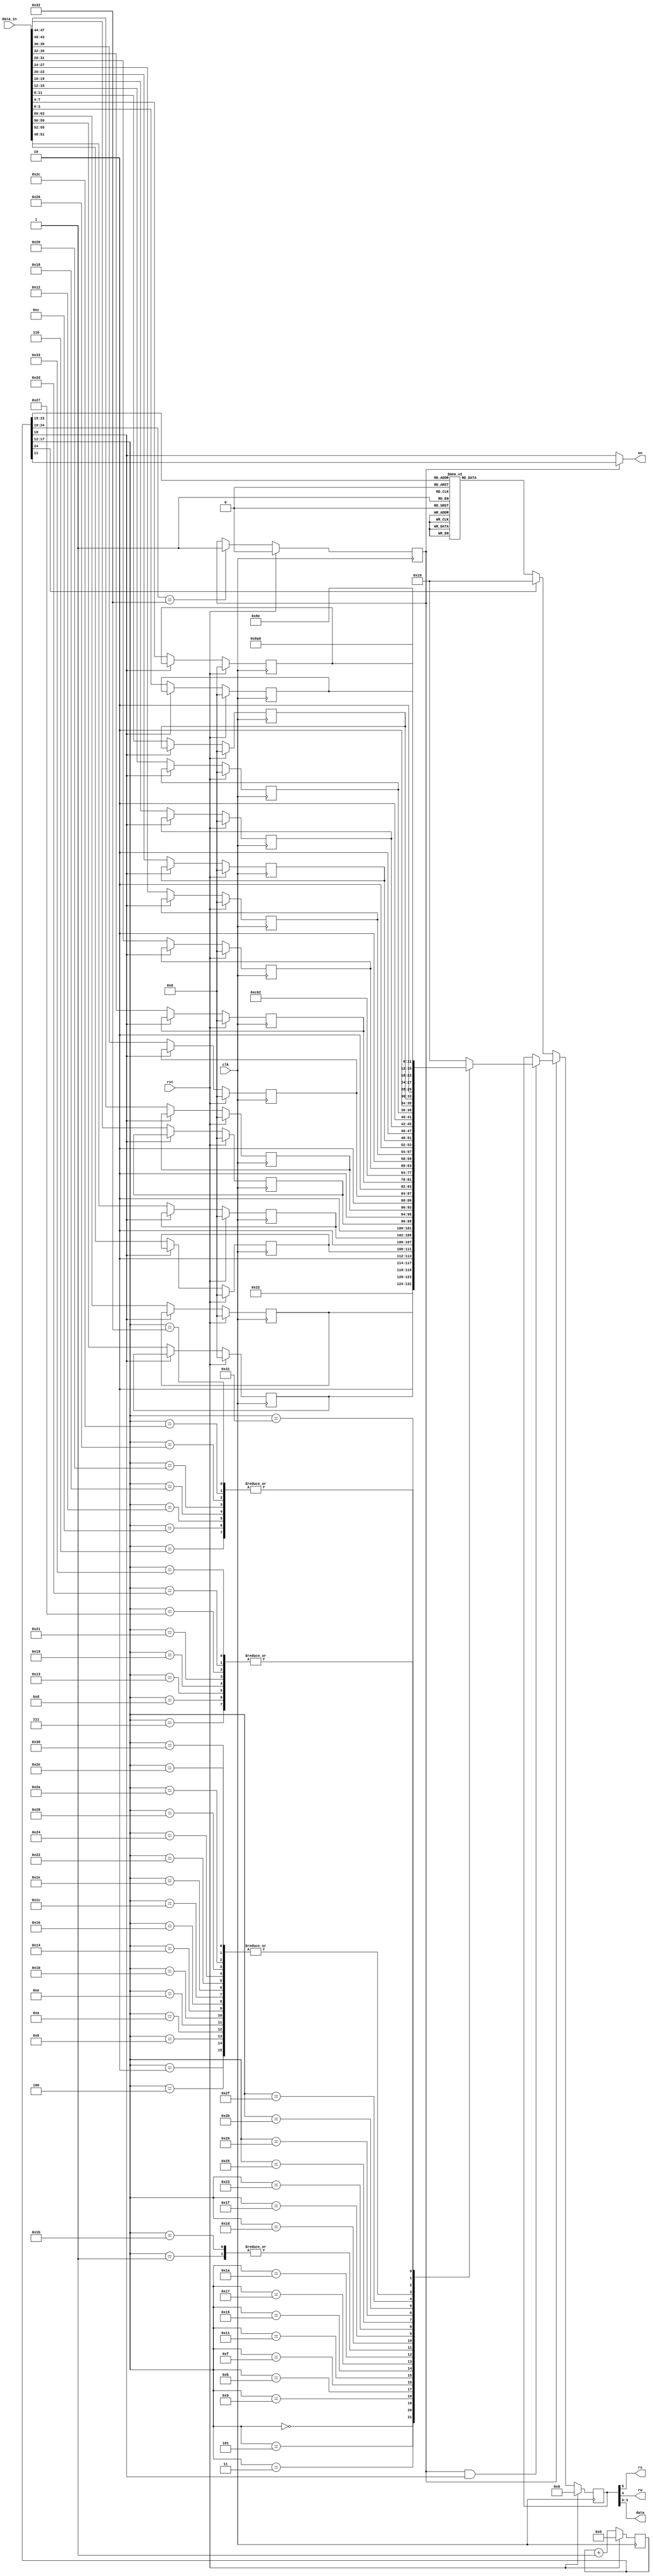
//******************************************************************************
// Copyright (c) 2014 - 2018, Indian Institute of Science, Bangalore.
// All Rights Reserved. See LICENSE for license details.
//------------------------------------------------------------------------------

// Contributors
// Akshay Birari (akshay@alum.iisc.ac.in), Piyush Birla (piyush@alum.iisc.ac.in)
// Suseela Budi (suseela@alum.iisc.ac.in), Pradeep Gupta (gupta@alum.iisc.ac.in)
// Kavya Sharat (kavyasharat@alum.iisc.ac.in), Sumeet Bandishte (sumeet.bandishte30@gmail.com)
// Kuruvilla Varghese (kuru@iisc.ac.in)
`timescale 1ns / 1ps
//////////////////////////////////////////////////////////////////////////////////
// Company: 
// Engineer: 
// 
// Design Name: 
// Module Name: lcd
// Project Name: 
// Target Devices: 
// Tool Versions: 
// Description: 
// 
// Dependencies: 
// 
// Revision:
// Revision 0.01 - File Created
// Additional Comments:
// 
//////////////////////////////////////////////////////////////////////////////////

`timescale 1ns / 1ps
//////////////////////////////////////////////////////////////////////////////////
// Company: 
// Engineer: 
// 
// Design Name: 
// Module Name: lcd
// Project Name: 
// Target Devices: 
// Tool Versions: 
// Description: 
// 
// Dependencies: 
// 
// Revision:
// Revision 0.01 - File Created
// Additional Comments:
// 
//////////////////////////////////////////////////////////////////////////////////
 module LCD(clk,rst, en, rs, rw,data,data_in);

input clk; // pin C9 is the 50-MHz on-board clock
input rst;
input [63:0] data_in; 
output en; // enable (1)
output rs; // Register Select (1 data bits for R/W)
output rw; // Read/Write 1/0
output [3:0] data;

reg [24:0] count; // 27-bit count, 0-(128M-1), over 2 secs
reg [5:0] code; // 6-bits different signals to give out
reg state;

reg [3:0] word_1_0;
reg [3:0] word_1_1;
reg [3:0] word_1_2;
reg [3:0] word_1_3;
reg [3:0] word_1_4;
reg [3:0] word_1_5;
reg [3:0] word_1_6;
reg [3:0] word_1_7;

reg [3:0] word_2_0;
reg [3:0] word_2_1;
reg [3:0] word_2_2;
reg [3:0] word_2_3;
reg [3:0] word_2_4;
reg [3:0] word_2_5;
reg [3:0] word_2_6;
reg [3:0] word_2_7;

assign en = state ? count[11] : count[18]; // flip rate about 25 (50MHz/2*21=2M)
assign rs = code[5]; 
assign rw = code[4];
assign data = code[3:0];

always @ (posedge clk) begin
    if(rst)
        count <= 25'b0;
    else
        count <= count + 1;
end

always @ (posedge clk) begin
    if(rst)
        state <= 1'b0;
    else if (count[24:19] == 7'd50)
        state <= 1'b1;
end

always @ (posedge clk) begin
    if(rst) begin
        word_1_0 <= 4'b0;
        word_1_1 <= 4'b0;
        word_1_2 <= 4'b0;
        word_1_3 <= 4'b0;
        word_1_4 <= 4'b0;
        word_1_5 <= 4'b0;
        word_1_6 <= 4'b0;
        word_1_7 <= 4'b0;
        
        word_2_0 <= 4'b0;
        word_2_1 <= 4'b0;
        word_2_2 <= 4'b0;
        word_2_3 <= 4'b0;
        word_2_4 <= 4'b0;
        word_2_5 <= 4'b0;
        word_2_6 <= 4'b0;
        word_2_7 <= 4'b0;
    end
    else if(~count[18]) begin
        word_1_0 <= data_in[3:0];
        word_1_1 <= data_in[7:4];
        word_1_2 <= data_in[11:8];
        word_1_3 <= data_in[15:12]; 
        word_1_4 <= data_in[19:16]; 
        word_1_5 <= data_in[23:20];
        word_1_6 <= data_in[27:24];
        word_1_7 <= data_in[31:28];
                   
        word_2_0 <= data_in[35:32];
        word_2_1 <= data_in[39:36];
        word_2_2 <= data_in[43:40];
        word_2_3 <= data_in[47:44];
        word_2_4 <= data_in[51:48];
        word_2_5 <= data_in[55:52];
        word_2_6 <= data_in[59:56];
        word_2_7 <= data_in[63:60];
    end
end

always @ (posedge clk) begin
    if(rst) begin
        code <= 6'b0;
    end
    else if(state == 1'b0) begin
        case (count [24:19]) // as top 6 bits change
            // power-on init can be carried out befor this loop to avoid the flickers
            0: code <= 6'h03; // power-on init sequence
            1: code <= 6'h00; 
            
            2: code <= 6'h03; // this is needed at least once
            3: code <= 6'h00; 
            
            4: code <= 6'h03; // when LCD's powered on
            5: code <= 6'h00; 
            
            6: code <= 6'h00; // it flickers existing char dislay
            7: code <= 6'h02;

            // Send 00 and upper nibble 0010, then 00 and lower nibble 10xx
            10: code <= 6'h02; // Function Set, upper nibble 0010
            11: code <= 6'h08; // lower nibble 1000 (10xx)
            // Table 5-3, Entry Mode
            
	        12: code <= 6'h00; // it flickers existing char dislay
            13: code <= 6'h0C;

            // Table 5-3 Clear Display, 00 and upper nibble 0000, 00 and lower nibble 0001
	        14: code <= 6'h00;// Clear Display, 00 and upper nibble 0000
            15: code <= 6'h01;// then 00 and lower nibble 0001
            // Chararters are then given out, the cursor will advance to the right

            // send 00 and upper nibble: I/D bit (Incr 1, Decr 0), S bit (Shift 1, 0 no)
            16: code <= 6'h00; // see table, upper nibble 0000, then lower nibble:
            17: code <= 6'h06; // 0110: Incr, Shift disabled
            // Table 5-3, Display On/Off
            // send 00 and upper nibble 0000, then 00 and lower nibble 1 DCB
            // D: 1, show char represented by code in DDR, 0 don't, but code remains
            // C: 1, show cursor, 0 don't
            // B: 1, cursor blinks (if shown), 0 don't blink (if shown)

            // Table 5-3, Write Data to DD RAM (or CG RAM)
            // Fig 5-4, 'H' send 10 and upper nibble 0100, then 10 and lower nibble
            //18: code <= 6'h22; // 'space' high nibble
            //19: code <= 6'h20; //  low nibble
            //20: code <= 6'h22; // 'space' high nibble
            //21: code <= 6'h20; //  low nibble
            //22: code <= 6'h25; // 'T' high nibble
            //23: code <= 6'h24; //  low nibble
            //24: code <= 6'h24; // 'E' high nibble
            //25: code <= 6'h25; //  low nibble
            //26: code <= 6'h24; // 'M' high nibble
            //27: code <= 6'h2D; //  low nibble
            //28: code <= 6'h25; // 'P' high nibble
            //29: code <= 6'h20; //  low nibble
            //30: code <= 6'h24; // 'E' high nibble
            //31: code <= 6'h25; //  low nibble
            //32: code <= 6'h25; // 'R' high nibble
            //33: code <= 6'h22; //  low nibble
            //34: code <= 6'h24; // 'A' high nibble
            //35: code <= 6'h21; //  low nibble
            //36: code <= 6'h25; // 'T' high nibble
            //37: code <= 6'h24; //  low nibble
            //38: code <= 6'h25; // 'U' high nibble
            //39: code <= 6'h25; //  low nibble
            //40: code <= 6'h25; // 'R' high nibble
            //41: code <= 6'h22; //  low nibble
            //42: code <= 6'h24; // 'E' high nibble
            //43: code <= 6'h25; //  low nibble    
            //44: code <= 6'h23; // ':' high nibble
            //45: code <= 6'h2A; //  low nibble
            //
            //46: code <= 6'h0C; // pos cursor to 2nd line upper nibble
            //47: code <= 6'h08;  // lower nibble: h0
            // Characters are then given out, the cursor will advance to the right
            //48: code <= 6'h22; // 'space' high nibble
            //49: code <= 6'h20; //  low nibble
            //50: code <= 6'h22; // 'space' high nibble
            //51: code <= 6'h20; //  low nibble
            //52: code <= 6'h22; // 'space' high nibble
            //53: code <= 6'h20; //  low nibble
            //54: code <= 6'h22; // 'space' high nibble
            //55: code <= 6'h20; //  low nibble
            //56: code <= 6'h22; // 'space' high nibble
            //57: code <= 6'h20; //  low nibble
            //58: code <= 6'h22; // 'space' high nibble
            //59: code <= 6'h20; //  low nibble
            //60: code <= 6'h22; // 'space' high nibble
            //61: code <= 6'h20; //  low nibble
            //62: code <= 6'h22; // 'space' high nibble
            //63: code <= 6'h20; //  low nibble
            //48: code <= 6'h24; // 'C' high nibble
            //49: code <= 6'h23; //  low nibble
            default: code <= 6'h10; // the restun-used time
        endcase
    end
    else if (state == 1'b1 && count[18] == 1'b1 ) begin
        case (count [17:12])
        
            0 : code <= 6'h08;
            1 : code <= 6'h00;
                    
            2  : code <= 6'h23;
            3  : code <= {2'b10,word_2_7};
            4  : code <= 6'h23;
            5  : code <= {2'b10,word_2_6};
            6  : code <= 6'h22; 
            7  : code <= 6'h20;            
            8  : code <= 6'h23;             
            9  : code <= {2'b10,word_2_5};  
            10  : code <= 6'h23;             
            11  : code <= {2'b10,word_2_4};  
            12 : code <= 6'h22;             
            13 : code <= 6'h20;             
            14 : code <= 6'h23;             
            15 : code <= {2'b10,word_2_3};  
            16 : code <= 6'h23;             
            17 : code <= {2'b10,word_2_2};  
            18 : code <= 6'h22;             
            19 : code <= 6'h20;             
            20 : code <= 6'h23;             
            21 : code <= {2'b10,word_2_1};  
            22 : code <= 6'h23;             
            23 : code <= {2'b10,word_2_0};  
            24 : code <= 6'h22;             
            25 : code <= 6'h20;      
            
            26 : code <= 6'h0C;
            27 : code <= 6'h00;
            
            28 : code <= 6'h23;           
            29 : code <= {2'b10,word_1_7};
            30 : code <= 6'h23;           
            31 : code <= {2'b10,word_1_6};
            32 : code <= 6'h22;           
            33 : code <= 6'h20;           
            34 : code <= 6'h23;           
            35 : code <= {2'b10,word_1_5};
            36 : code <= 6'h23;           
            37 : code <= {2'b10,word_1_4};
            38 : code <= 6'h22;           
            39 : code <= 6'h20;           
            40 : code <= 6'h23;           
            41 : code <= {2'b10,word_1_3};
            42 : code <= 6'h23;           
            43 : code <= {2'b10,word_1_2};
            44 : code <= 6'h22;           
            45 : code <= 6'h20;           
            46 : code <= 6'h23;           
            47 : code <= {2'b10,word_1_1};
            48 : code <= 6'h23;           
            49 : code <= {2'b10,word_1_0};
            50 : code <= 6'h22;           
            51 : code <= 6'h20;           
                   
            default:  code <= 6'h10; // the restun-used time

        endcase
    end      
    
// (it flips when counted upto 2M, and flips again after another 2M)
end 

endmodule